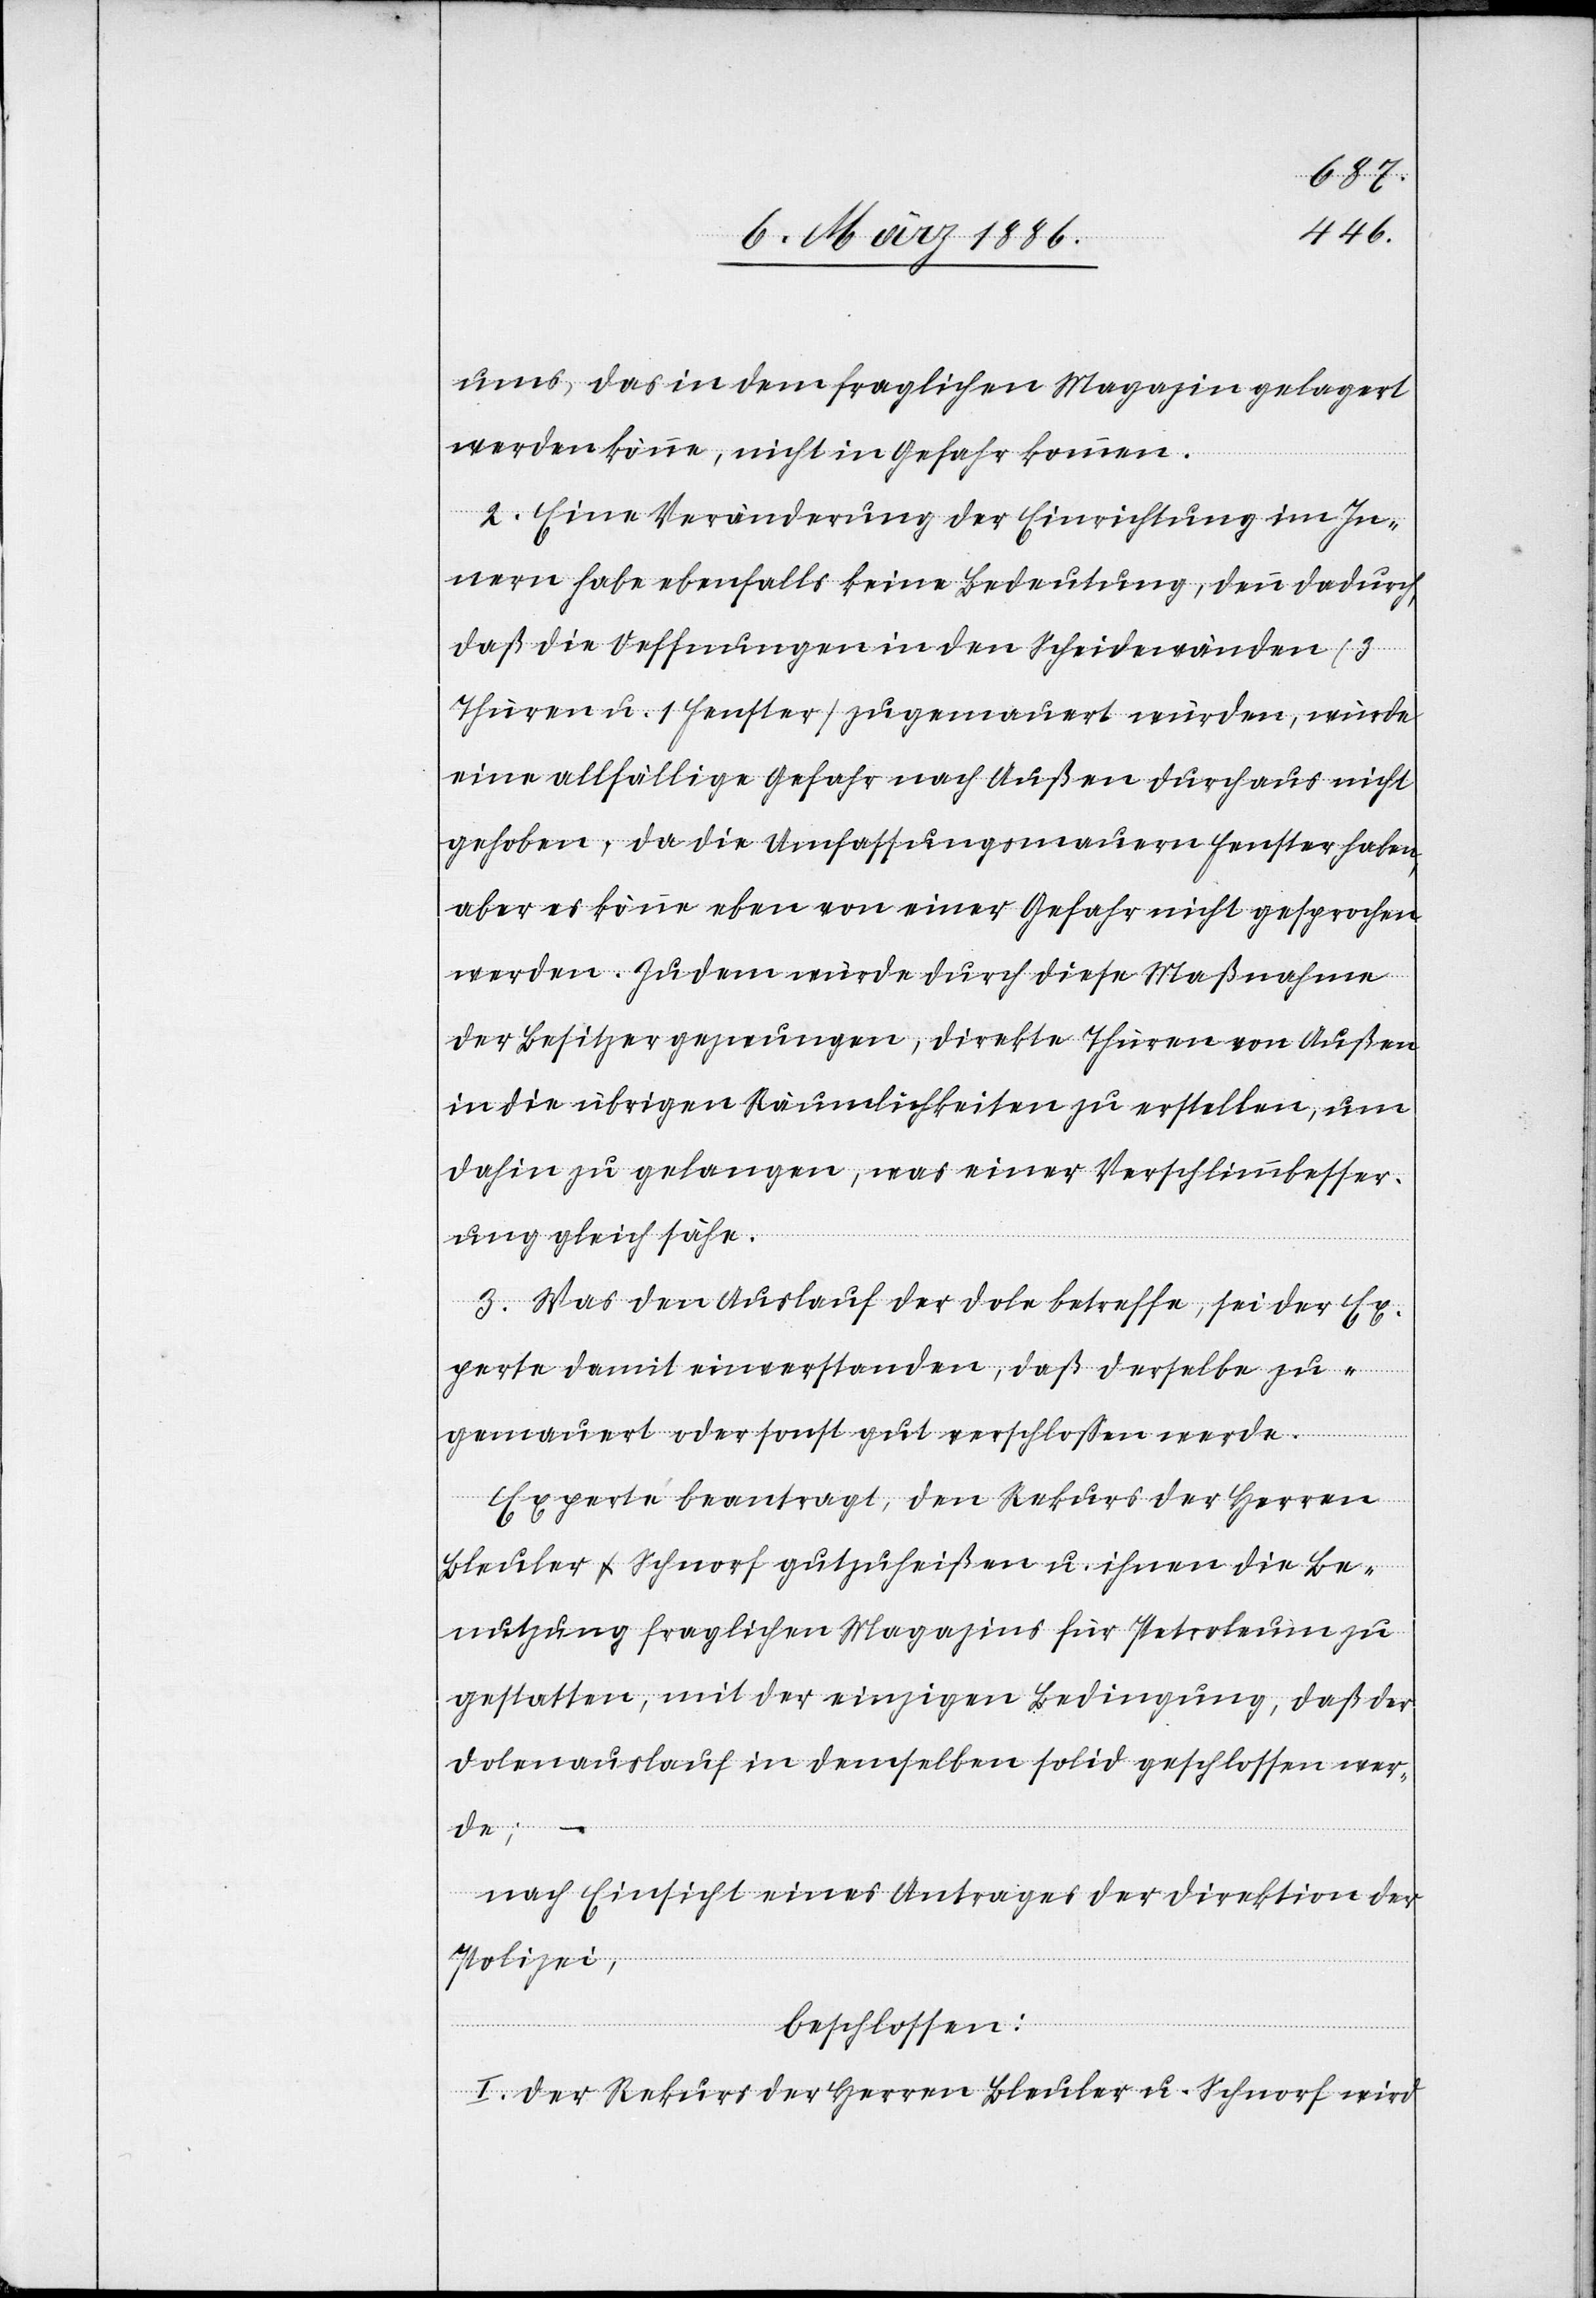
ums, das in dem fraglichen Magazine gelagert
werden könne, nicht in Gefahr kommen.
2. Eine Veränderung der Einrichtung im In¬
nern habe ebenfalls keine Bedeutung, denn dadurch,
daß die Oeffnungen in den Scheidewänden (3
Thüren u. 1 Fenster) zugemauert würden, würde
eine allfällige Gefahr nach Außen durchaus nicht
gehoben, da die Umfassungsmauern Fenster haben,
aber es könne eben von einer Gefahr nicht gesprochen
werden. Zudem würde durch diese Maßnahme
der Besitzer gezwungen, direkte Thüren von Außen
in die übrigen Räumlichkeiten zu erstellen, um
dahin zu gelangen, was einer Verschlimmbesser¬
ung gleich sähe.
3. Was den Auslauf der Dole betreffe, sei der Ex¬
perte damit einverstanden, daß derselbe zu¬
gemauert oder sonst gut verschloßen werde.
Experte beantragt, den Rekurs der Herren
Bleuler & Schnorf gutzuheißen u. ihnen die Be¬
nutzung fraglicher Magazines für Petroleum zu
gestatten, mit der einzigen Bedingung, daß der
Dolenauslauf in demselben solid geschlossen wer¬
de;
nach Einsicht eines Antrages der Direktion der
Polizei,
beschlossen:
I. Der Rekurs der Herren Bleuler u. Schnorf wird